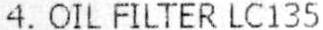
4. OIL FILTER LC135